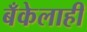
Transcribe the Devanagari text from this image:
बँकेलाही